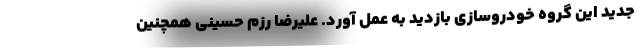
جدید این گروه خودروسازی بازدید به عمل آورد. علیرضا رزم حسینی همچنین